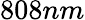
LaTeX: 808nm